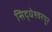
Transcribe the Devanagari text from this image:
सिद्धेश्वरपुर